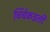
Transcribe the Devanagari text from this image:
चिंचेकडली